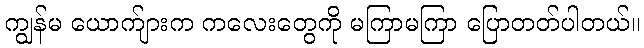
ကျွန်မ ယောက်ျားက ကလေးတွေကို မကြာမကြာ ပြောတတ်ပါတယ်။